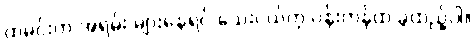
ထမင်းက အရမ်း များနေရင် သေးငယ်တဲ့ ပန်းကန်ထဲ ခွဲထည့်ပါ။